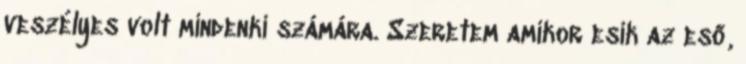
veszélyes volt mindenki számára. Szeretem amikor esik az eső,